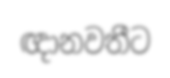
ඥානවතීට